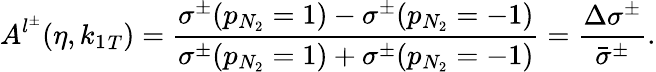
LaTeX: A^{l^{\pm}}(\eta,{k_{1}}_{T})=\frac{\sigma^{\pm}(p_{N_{2}}=1)-\sigma^{\pm}(p_{N_{2}}=-1)}{\sigma^{\pm}(p_{N_{2}}=1)+\sigma^{\pm}(p_{N_{2}}=-1)}=\frac{\Delta\sigma^{\pm}}{\bar{\sigma}^{\pm}}.